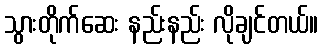
သွားတိုက်ဆေး နည်းနည်း လိုချင်တယ်။